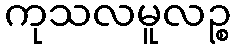
ကုသလမူလဉ္စ